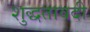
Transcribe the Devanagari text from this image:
शुद्धतावदी